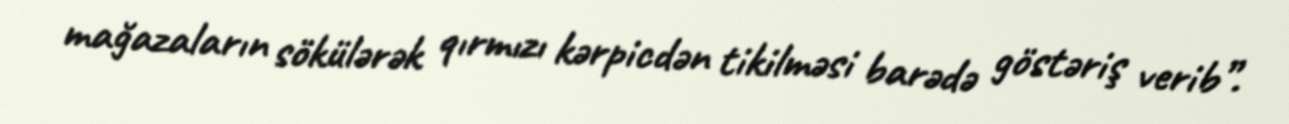
mağazaların sökülərək qırmızı kərpicdən tikilməsi barədə göstəriş verib”.